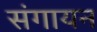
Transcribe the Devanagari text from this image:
संगायन